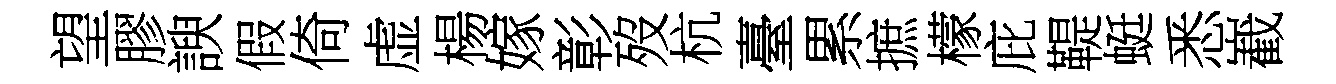
望膠諛假倚虚楊嫁彰歿杭臺累摭檬庇鞮蜓悉嶻